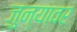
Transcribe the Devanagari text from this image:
जुन्यावर